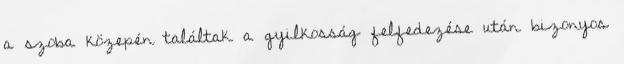
a szoba közepén találtak a gyilkosság felfedezése után bizonyos